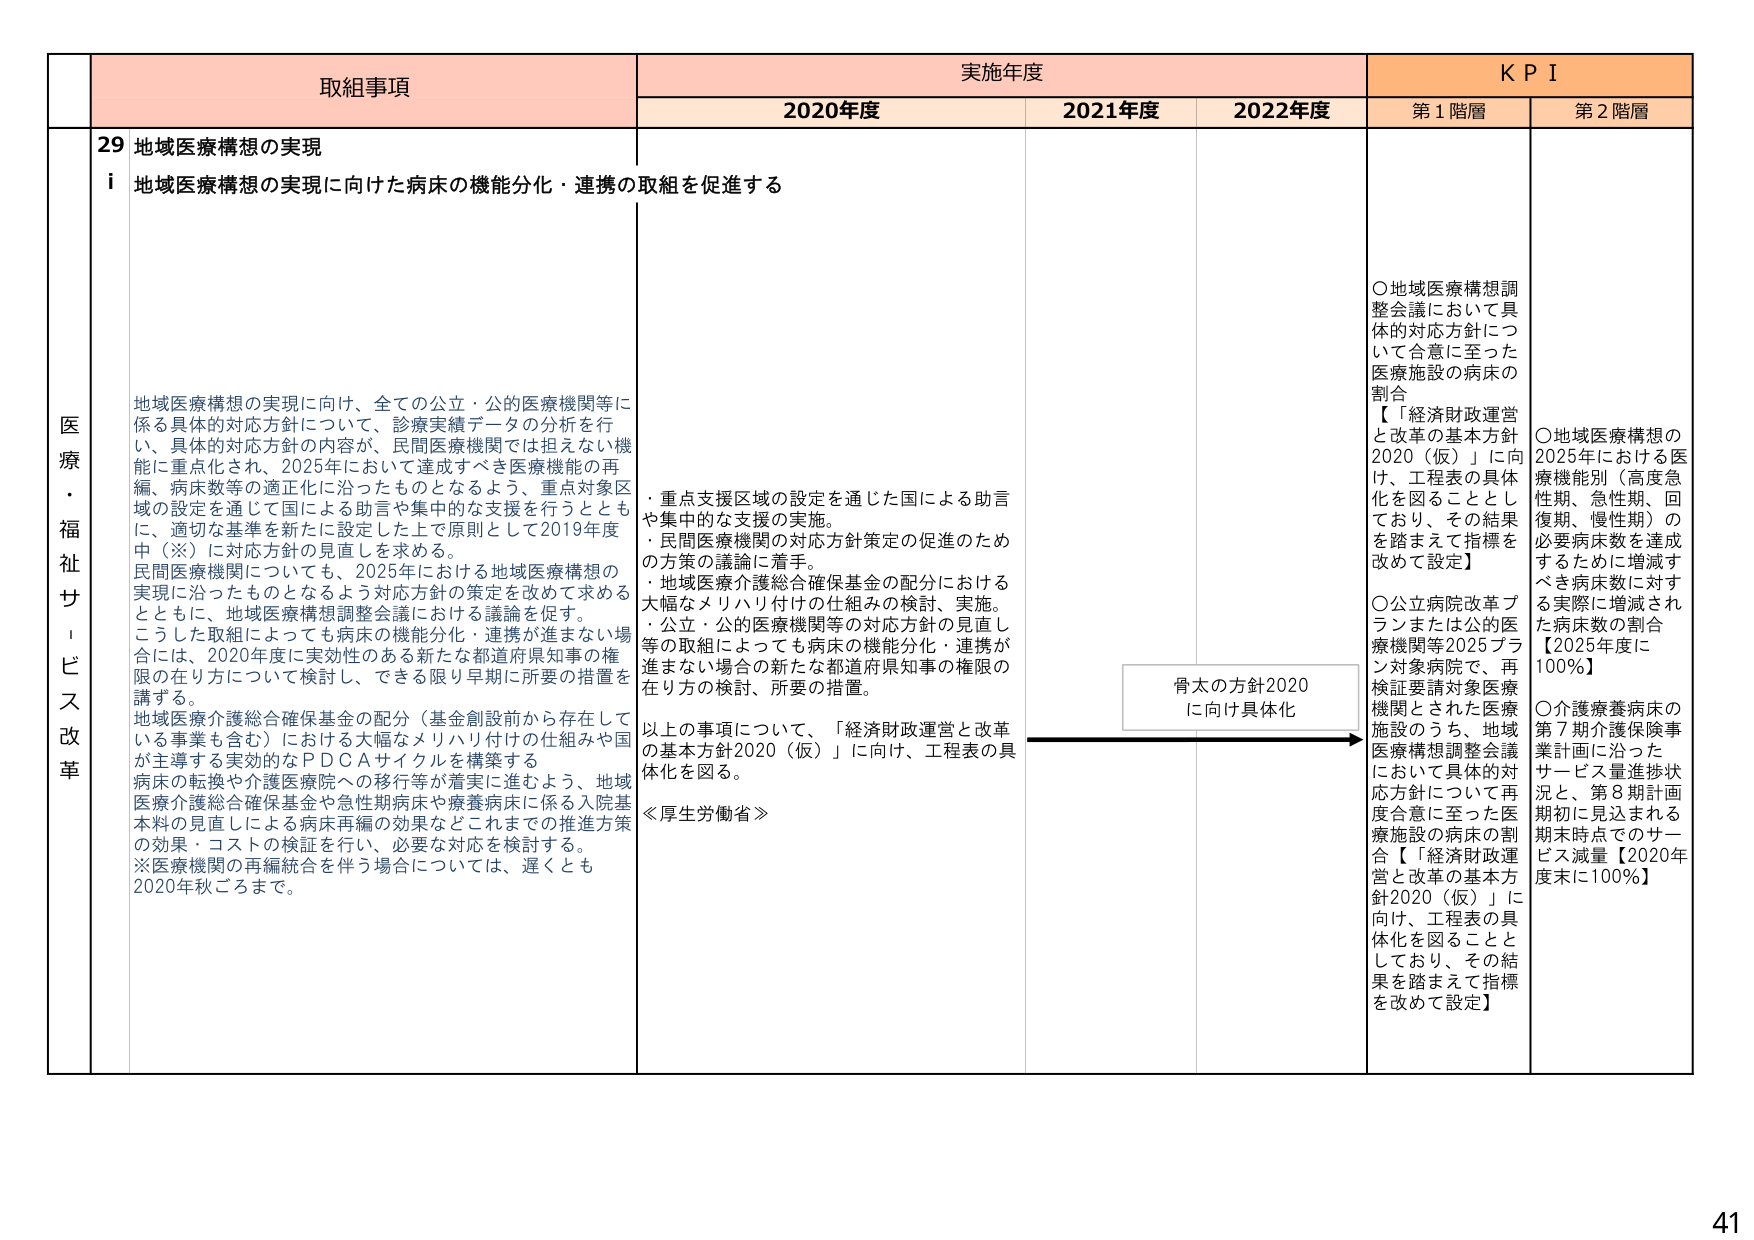
医療・福祉サービス改革

取組事項
29 地域医療構想の実現
i 地域医療構想の実現に向けた病床の機能分化・連携の取組を促進する

地域医療構想の実現に向け、全ての公立・公的医療機関等に係る具体的対応方針について、診療実績データの分析を行い、具体的対応方針の内容が、民間医療機関では担えない機能に重点化され、2025年において達成すべき医療機能の再編、病床数等の適正化に沿ったものとなるよう、重点対象区域の設定を通じて国による助言や集中的な支援を行うとともに、適切な基準を新たに設定した上で原則として2019年度中（※）に対応方針の見直しを求める。
民間医療機関についても、2025年における地域医療構想の実現に沿ったものとなるよう対応方針の策定を改めて求めるとともに、地域医療構想調整会議における議論を促す。
こうした取組によっても病床の機能分化・連携が進まない場合には、2020年度に実効性のある新たな都道府県知事の権限の在り方について検討し、できる限り早期に所要の措置を講ずる。
地域医療介護総合確保基金の配分（基金創設前から存在している事業も含む）における大幅なメリハリ付けの仕組みや国が主導する実効的なPDCAサイクルを構築する
病床の転換や介護医療院への移行等が着実に進むよう、地域医療介護総合確保基金や急性期病床や療養病床に係る入院基本料の見直しによる病床再編の効果などこれまでの推進方策の効果・コストの検証を行い、必要な対応を検討する。
※医療機関の再編統合を伴う場合については、遅くとも2020年秋ごろまで。

実施年度
2020年度
・重点支援区域の設定を通じた国による助言や集中的な支援の実施。
・民間医療機関の対応方針策定の促進のための方策の議論に着手。
・地域医療介護総合確保基金の配分における大幅なメリハリ付けの仕組みの検討、実施。
・公立・公的医療機関等の対応方針の見直しなどの取組によっても病床の機能分化・連携が進まない場合の新たな都道府県知事の権限の在り方の検討、所要の措置。
以上の事項について、「経済財政運営と改革の基本方針2020（仮）」に向け、工程表の具体化を図る。
≪厚生労働省≫

2021年度

2022年度

KPI
第1階層
○地域医療構想調整会議において具体的対応方針について合意に至った医療施設の病床の割合
【「経済財政運営と改革の基本方針2020（仮）」に向け、工程表の具体化を図ることとしており、その結果を踏まえて指標を改めて設定】
○公立病院改革プランまたは公的医療機関等2025プラン対象病院で、再検討要請対象医療機関とされた医療施設のうち、地域医療構想調整会議において具体的対応方針について再度合意に至った医療施設の病床の割合【「経済財政運営と改革の基本方針2020（仮）」に向け、工程表の具体化を図ることとしており、その結果を踏まえて指標を改めて設定】

第2階層
○地域医療構想の2025年における医療機能別（高度急性期、急性期、回復期、慢性期）の必要病床数を達成するために増減すべき病床数に対する実際に増減された病床数の割合【2025年度に100％】
○介護療養病床の第7期介護保険事業計画に沿ったサービス量進捗状況と、第8期計画期初に見込まれる期末時点でのサービス減量【2020年度末に100％】

骨太の方針2020に向け具体化

41